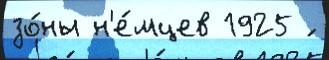
зо́ны н'е́мцев 1925 ́